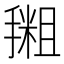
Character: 𪮩